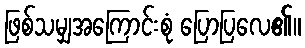
ဖြစ်သမျှအကြောင်းစုံ ပြောပြလေ၏။